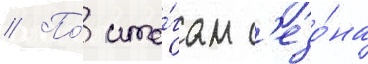
// По́ ито́гам с'езо́на